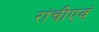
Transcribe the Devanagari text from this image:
रांचीएवं